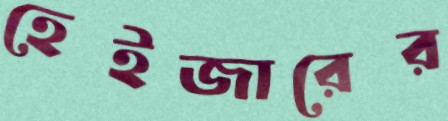
হেইজারের